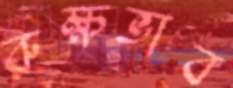
রুক্ষভাব